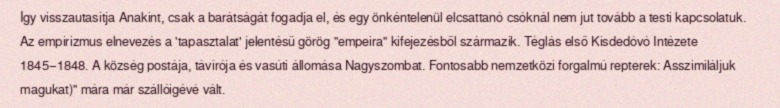
Így visszautasítja Anakint, csak a barátságát fogadja el, és egy önkéntelenül elcsattanó csóknál nem jut tovább a testi kapcsolatuk. Az empirizmus elnevezés a 'tapasztalat' jelentésű görög "empeira" kifejezésből származik. Téglás első Kisdedóvó Intézete 1845−1848. A község postája, távírója és vasúti állomása Nagyszombat. Fontosabb nemzetközi forgalmú repterek: Asszimiláljuk magukat)" mára már szállóigévé vált.